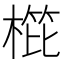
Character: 𣖰